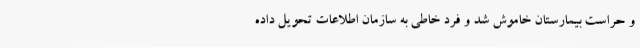
و حراست بیمارستان خاموش شد و فرد خاطی به سازمان اطلاعات تحویل داده